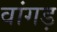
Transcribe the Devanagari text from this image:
वांगड़